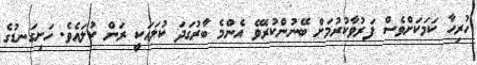
ހުރިހާ ކަމަކަށްވެސް ފަރުވާކުރުމަށް ބޭނުންކުރެވޭ އެންމެ ބާރުގަދަ ކުލައަކީ ރަން ކުލައެވެ. ހަށިގަނޑުގެ